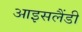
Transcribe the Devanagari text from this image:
आइसलैंडी